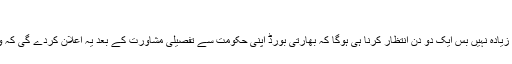
"
اب دیکھنا یہ ہے کہ اونٹ کس کروٹ بیٹھتا ہے، اور اِس کے لیے زیادہ نہیں بس ایک دو دن انتظار کرنا ہی ہوگا کہ بھارتی بورڈ اپنی حکومت سے تفصیلی مشاورت کے بعد یہ اعلان کردے گی کہ وہ پاکستان کے خلاف ہوم سیریز کھیلنے کے لیے تیار ہے یا نہیں ۔